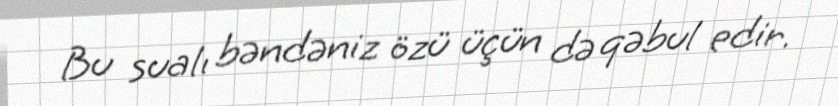
Bu sualı bəndəniz özü üçün də qəbul edir.